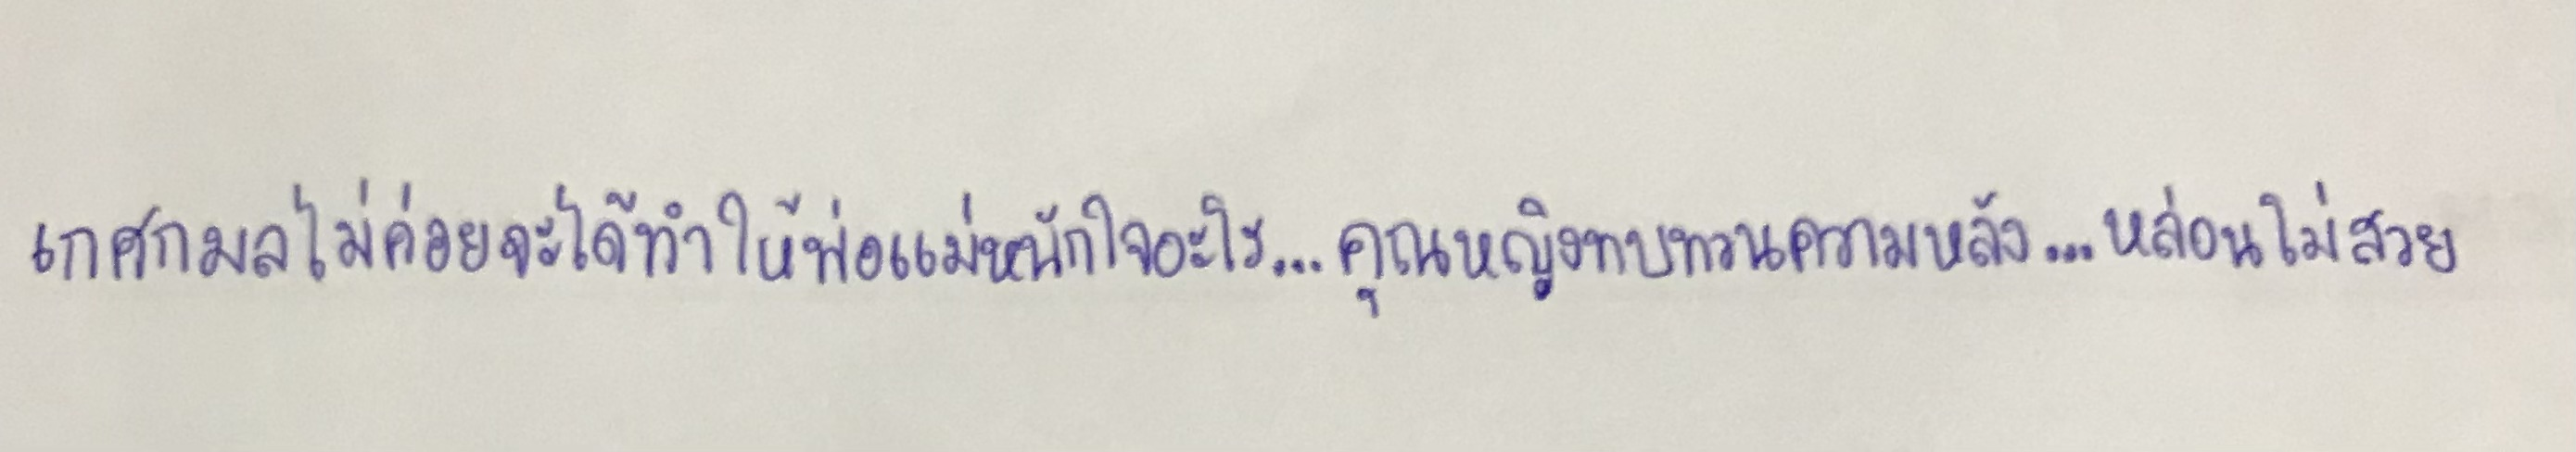
เกศกมลไม่ค่อยจะได้ทำให้พ่อแม่หนักใจอะไร...คุณหญิงทบทวนความหลัง...หล่อนไม่สวย